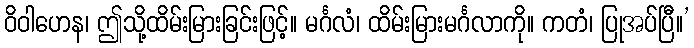
ဝိဝါဟေန၊ ဤသို့ထိမ်းမြားခြင်းဖြင့်။ မင်္ဂလံ၊ ထိမ်းမြားမင်္ဂလာကို။ ကတံ၊ ပြုအပ်ပြီ။’